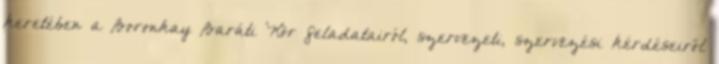
keretében a Boronkay Baráti Kör feladatairól, szervezeti, szervezési kérdéseiről